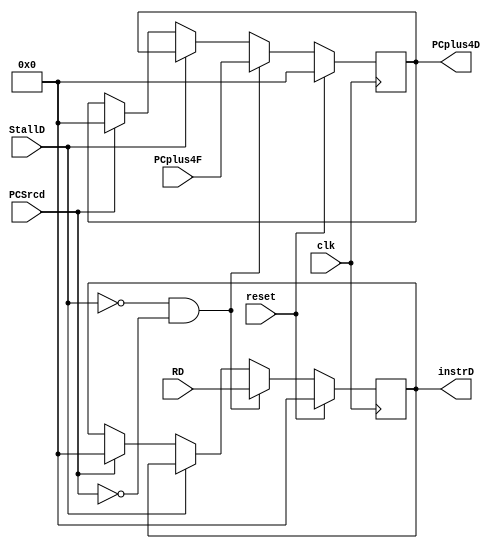
module latch0(reset,RD,PCSrcd,clk,instrD,StallD,PCplus4F,PCplus4D);
input [31:0]RD , PCplus4F;
input PCSrcd,clk,StallD,reset;
output reg [31:0] instrD , PCplus4D;
// always @ (posedge clk)
// 	begin
// 		if (reset || StallD)
// 			begin
// 				instrD<=32'h00000000;
//  				PCplus4D <= 32'h00000000;
// 			end
// 		else
// 			begin
// 				if(PCSrcd)
// 					begin
// 					instrD<=RD;
// 					PCplus4D<=PCplus4F;
// 					end
// 				else
// 					begin
// 					instrD<=instrD;
// 					PCplus4D<=PCplus4D;
// 					end

// 			end
// 	end
// endmodule
always @ (posedge clk)
	begin
		if(reset)
		begin
			instrD<=32'h00000000;
			PCplus4D <= 32'h00000000;
		end
		else
		if(!StallD && !PCSrcd)
		begin
			instrD<=RD;
			PCplus4D<=PCplus4F;	
		end
		else
		if(StallD)
		begin
			instrD<=instrD;
			PCplus4D<=PCplus4D;
		end
		else
		if(PCSrcd)
		begin
			instrD<=32'h00000000;
			PCplus4D <= 32'h00000000;
		end
	end
endmodule





// module latch0(reset,RD,PCSrcd,clk,instrD,StallD,PCplus4F,PCplus4D);
// input [31:0]RD , PCplus4F;
// input PCSrcd,clk,StallD,reset;
// output reg [31:0] instrD , PCplus4D;
// always @ (posedge clk,reset)
// 	begin
// 		if( reset||StallD )
// 		begin
// 			instrD <= {32{1'b0}};
// 			PCplus4D <= {32{1'b0}};
// 		end
// 		else
// 		case(PCSrcd)
// 					1'b0: begin
// 						instrD <= RD ;
// 						PCplus4D <= PCplus4F; 
// 						end
// 					1'b1: begin
// 						instrD <= instrD ;
// 						PCplus4D <= PCplus4D ; 
// 						end				
// 				endcase
// 	end
// endmodule